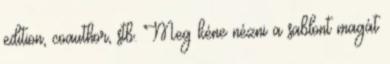
edition, coauthor, stb. Meg kéne nézni a sablont magát